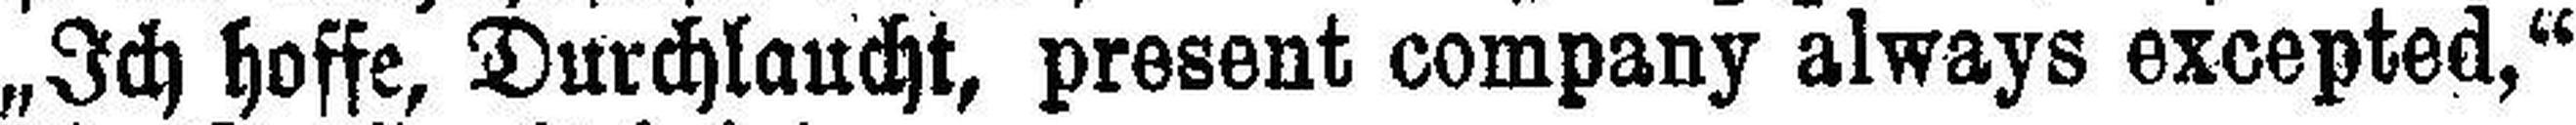
„Ich hoffe, Durchlaucht, present Company always excepted,“